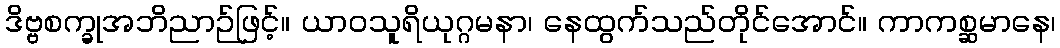
ဒိဗ္ဗစက္ခုအဘိညာဉ်ဖြင့်။ ယာဝသူရိယုဂ္ဂမနာ၊ နေထွက်သည်တိုင်အောင်။ ကာကစ္ဆမာနေ၊